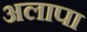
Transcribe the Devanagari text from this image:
अलापा